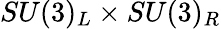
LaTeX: SU(3)_{L}\times SU(3)_{R}